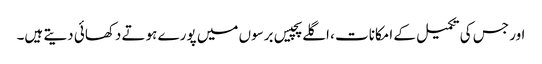
اور جس کی تکمیل کے امکانات ، اگلے پچیس برسوں میں پورے ہوتے دکھائی دیتے ہیں۔